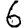
Digit: 6